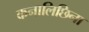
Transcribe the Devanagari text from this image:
कनालिछिना